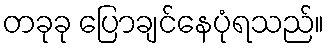
တခုခု ပြောချင်နေပုံရသည်။